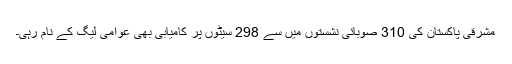
مشرقی پاکستان کی 310 صوبائی نشستوں میں سے 298 سیٹوں پر کامیابی بھی عوامی لیگ کے نام رہی۔